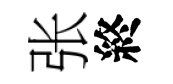
张終